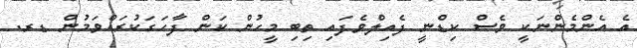
އެ އެންމެންނަކީ ވެސް ކިޑްނީ ފެއިލްވެފައި ތިބި މީހުން ކަން ފާހަގަކުރައްވަމުން ޑރ.